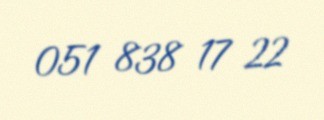
051 838 17 22